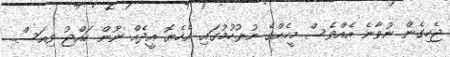
ޖެހިގެން ނުވާނެ އެއްވެސް މީހެއްގެ ނުރުހުމުގައި އެހެޔޮ އީދެއް ނޫން ހައްޖު ވިއަސް.